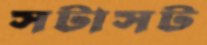
সটাসট